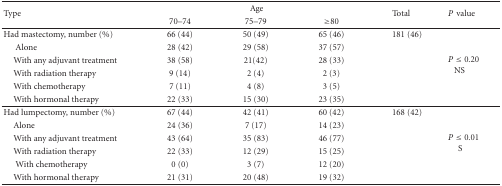
<table><thead><tr><td rowspan="2"><b>Type</b></td><td colspan="3"><b>Age</b></td><td rowspan="2"><b>Total</b></td><td rowspan="2"><b><i>P</i>value</b></td></tr><tr><td><b>70–74</b></td><td><b>75–79</b></td><td><b>≥80</b></td></tr></thead><tbody><tr><td>Had mastectomy, number (%)</td><td>66 (44)</td><td>50 (49)</td><td>65 (46)</td><td>181 (46)</td><td rowspan="6"><i>P</i> ≤ 0.20NS</td></tr><tr><td>Alone</td><td>28 (42)</td><td>29 (58)</td><td>37 (57)</td><td></td></tr><tr><td>With any adjuvant treatment</td><td>38 (58)</td><td>21(42)</td><td>28 (33)</td><td></td></tr><tr><td>With radiation therapy</td><td>9 (14)</td><td>2 (4)</td><td>2 (3)</td><td></td></tr><tr><td>With chemotherapy</td><td>7 (11)</td><td>4 (8)</td><td>3 (5)</td><td></td></tr><tr><td>With hormonal therapy</td><td>22 (33)</td><td>15 (30)</td><td>23 (35)</td><td></td></tr><tr><td>Had lumpectomy, number (%)</td><td>67 (44)</td><td>42 (41)</td><td>60 (42)</td><td>168 (42)</td><td rowspan="6"><i>P</i> ≤ 0.01S</td></tr><tr><td>Alone</td><td>24 (36)</td><td>7 (17)</td><td>14 (23)</td><td></td></tr><tr><td>With any adjuvant treatment</td><td>43 (64)</td><td>35 (83)</td><td>46 (77)</td><td></td></tr><tr><td>With radiation therapy</td><td>22 (33)</td><td>12 (29)</td><td>15 (25)</td><td></td></tr><tr><td>With chemotherapy</td><td>0 (0)</td><td>3 (7)</td><td>12 (20)</td><td></td></tr><tr><td>With hormonal therapy</td><td>21 (31)</td><td>20 (48)</td><td>19 (32)</td><td></td></tr></tbody></table>